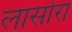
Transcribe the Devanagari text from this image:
लासोरा